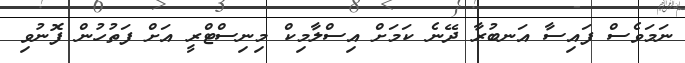
ނަމަވެސް ފައިސާ އަނބުރާ ދޭނެ ކަމަށް އިސްލާމިކް މިނިސްޓްރީ އަށް ފަތުހުން ފޮނުވި